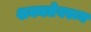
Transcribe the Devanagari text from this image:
शक्यतेवरून